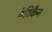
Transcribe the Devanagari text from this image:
वैटिकैन